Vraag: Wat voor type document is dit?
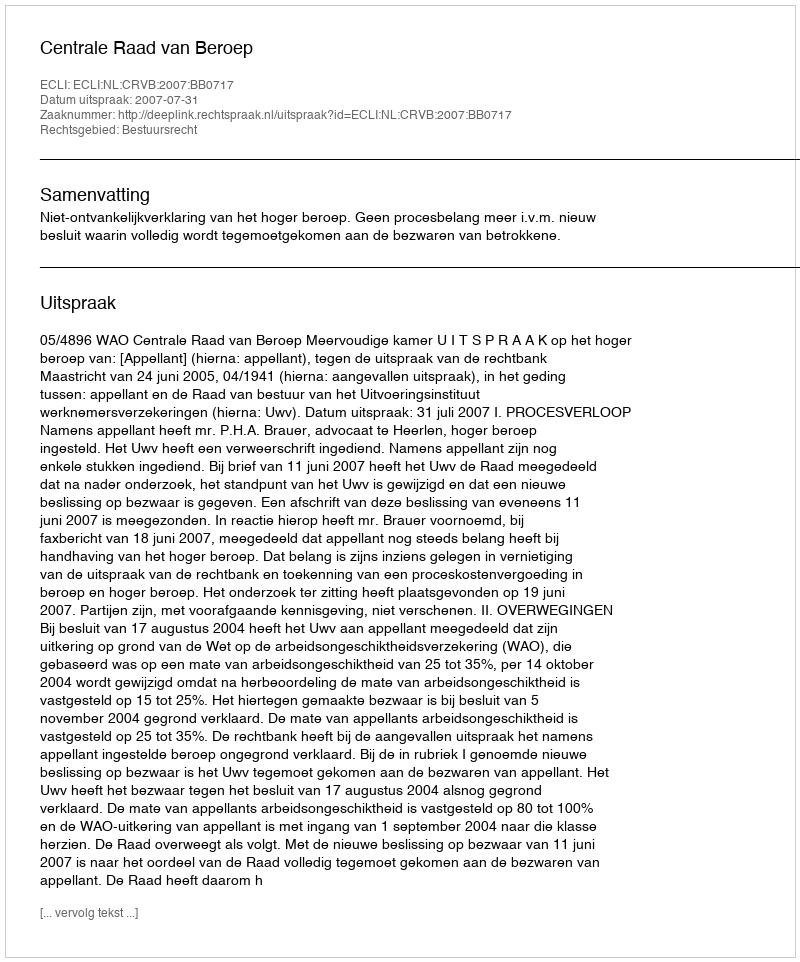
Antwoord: Uitspraak